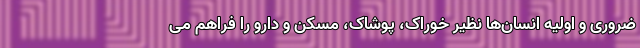
ضروری و اولیه انسان‌ها نظیر خوراک، پوشاک، مسکن و دارو را فراهم می